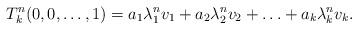
LaTeX: \begin{align*}T^n_k (0,0, \ldots, 1) = a_1 \lambda_1^n v_1 + a_2 \lambda_2^n v_2 + \ldots + a_k \lambda_k^n v_k.\end{align*}